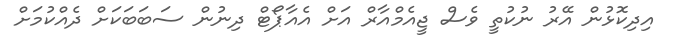
އިދިކޮޅުން އޭރު ނުކުތީ ވެސް ޖީއެމްއާރް އަށް އެއާޕޯޓް ދިނުން ސަބަބަކަށް ދެއްކުމަށް